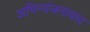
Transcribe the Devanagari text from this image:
अभिन्यंजनावाद